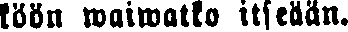
köön waiwatko itseään.